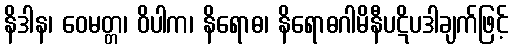
နိဒါန၊ ဝေမတ္တ၊ ဝိပါက၊ နိရောဓ၊ နိရောဓဂါမိနီပဋိပဒါချက်ဖြင့်